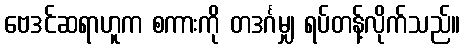
ဗေဒင်ဆရာဟူက စကားကို တဒင်္ဂမျှ ရပ်တန့်လိုက်သည်။